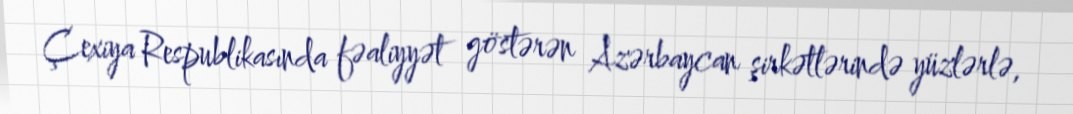
Çexiya Respublikasında fəaliyyət göstərən Azərbaycan şirkətlərində yüzlərlə,